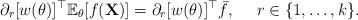
LaTeX: \begin{align*}\partial _r [w (\theta)]^\top \mathbb{E}_\theta [f(\textbf{X})] = \partial _r [w (\theta)]^\top \bar{f},\quad~r\in\{1,\ldots,k\}.\end{align*}